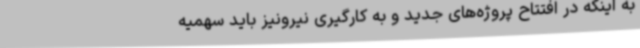
به اینکه در افتتاح پروژه‌های جدید و به کارگیری نیرونیز باید سهمیه